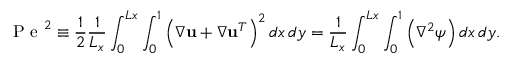
\mathrm { ~ P ~ e ~ } ^ { 2 } \equiv \frac { 1 } { 2 } \frac { 1 } { L _ { x } } \int _ { 0 } ^ { L x } \int _ { 0 } ^ { 1 } \left( \nabla \mathbf { u } + \nabla \mathbf { u } ^ { T } \right) ^ { 2 } d x \, d y = \frac { 1 } { L _ { x } } \int _ { 0 } ^ { L x } \int _ { 0 } ^ { 1 } \left( \nabla ^ { 2 } \psi \right) d x \, d y .